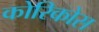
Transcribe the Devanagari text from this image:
कोरिकोस